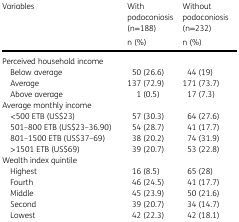
<table><thead><tr><td rowspan="2"><b>Variables</b></td><td><b>With podoconiosis (n=188)</b></td><td><b>Without podoconiosis (n=232)</b></td></tr><tr><td><b>n (%)</b></td><td><b>n (%)</b></td></tr></thead><tbody><tr><td colspan="3">Perceived household income</td></tr><tr><td> Below average</td><td>50 (26.6)</td><td>44 (19)</td></tr><tr><td> Average</td><td>137 (72.9)</td><td>171 (73.7)</td></tr><tr><td> Above average</td><td>1 (0.5)</td><td>17 (7.3)</td></tr><tr><td colspan="3">Average monthly income</td></tr><tr><td> &lt;500 ETB (US$23)</td><td>57 (30.3)</td><td>64 (27.6)</td></tr><tr><td> 501–800 ETB (US$23–36.90)</td><td>54 (28.7)</td><td>41 (17.7)</td></tr><tr><td> 801–1500 ETB (US$37–69)</td><td>38 (20.2)</td><td>74 (31.9)</td></tr><tr><td> &gt;1501 ETB (US$69)</td><td>39 (20.7)</td><td>53 (22.8)</td></tr><tr><td colspan="3">Wealth index quintile</td></tr><tr><td> Highest</td><td>16 (8.5)</td><td>65 (28)</td></tr><tr><td> Fourth</td><td>46 (24.5)</td><td>41 (17.7)</td></tr><tr><td> Middle</td><td>45 (23.9)</td><td>50 (21.6)</td></tr><tr><td> Second</td><td>39 (20.7)</td><td>34 (14.7)</td></tr><tr><td> Lowest</td><td>42 (22.3)</td><td>42 (18.1)</td></tr></tbody></table>